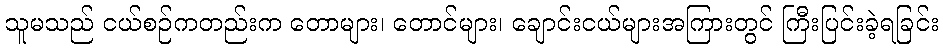
သူမသည် ငယ်စဉ်ကတည်းက တောများ၊ တောင်များ၊ ချောင်းငယ်များအကြားတွင် ကြီးပြင်းခဲ့ရခြင်း